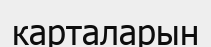
карталарын